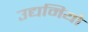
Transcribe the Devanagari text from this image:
उद्यमियो